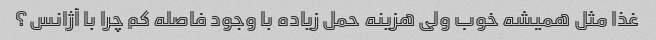
غذا مثل همیشه خوب ولی هزینه حمل زیاده با وجود فاصله کم چرا با آژانس؟